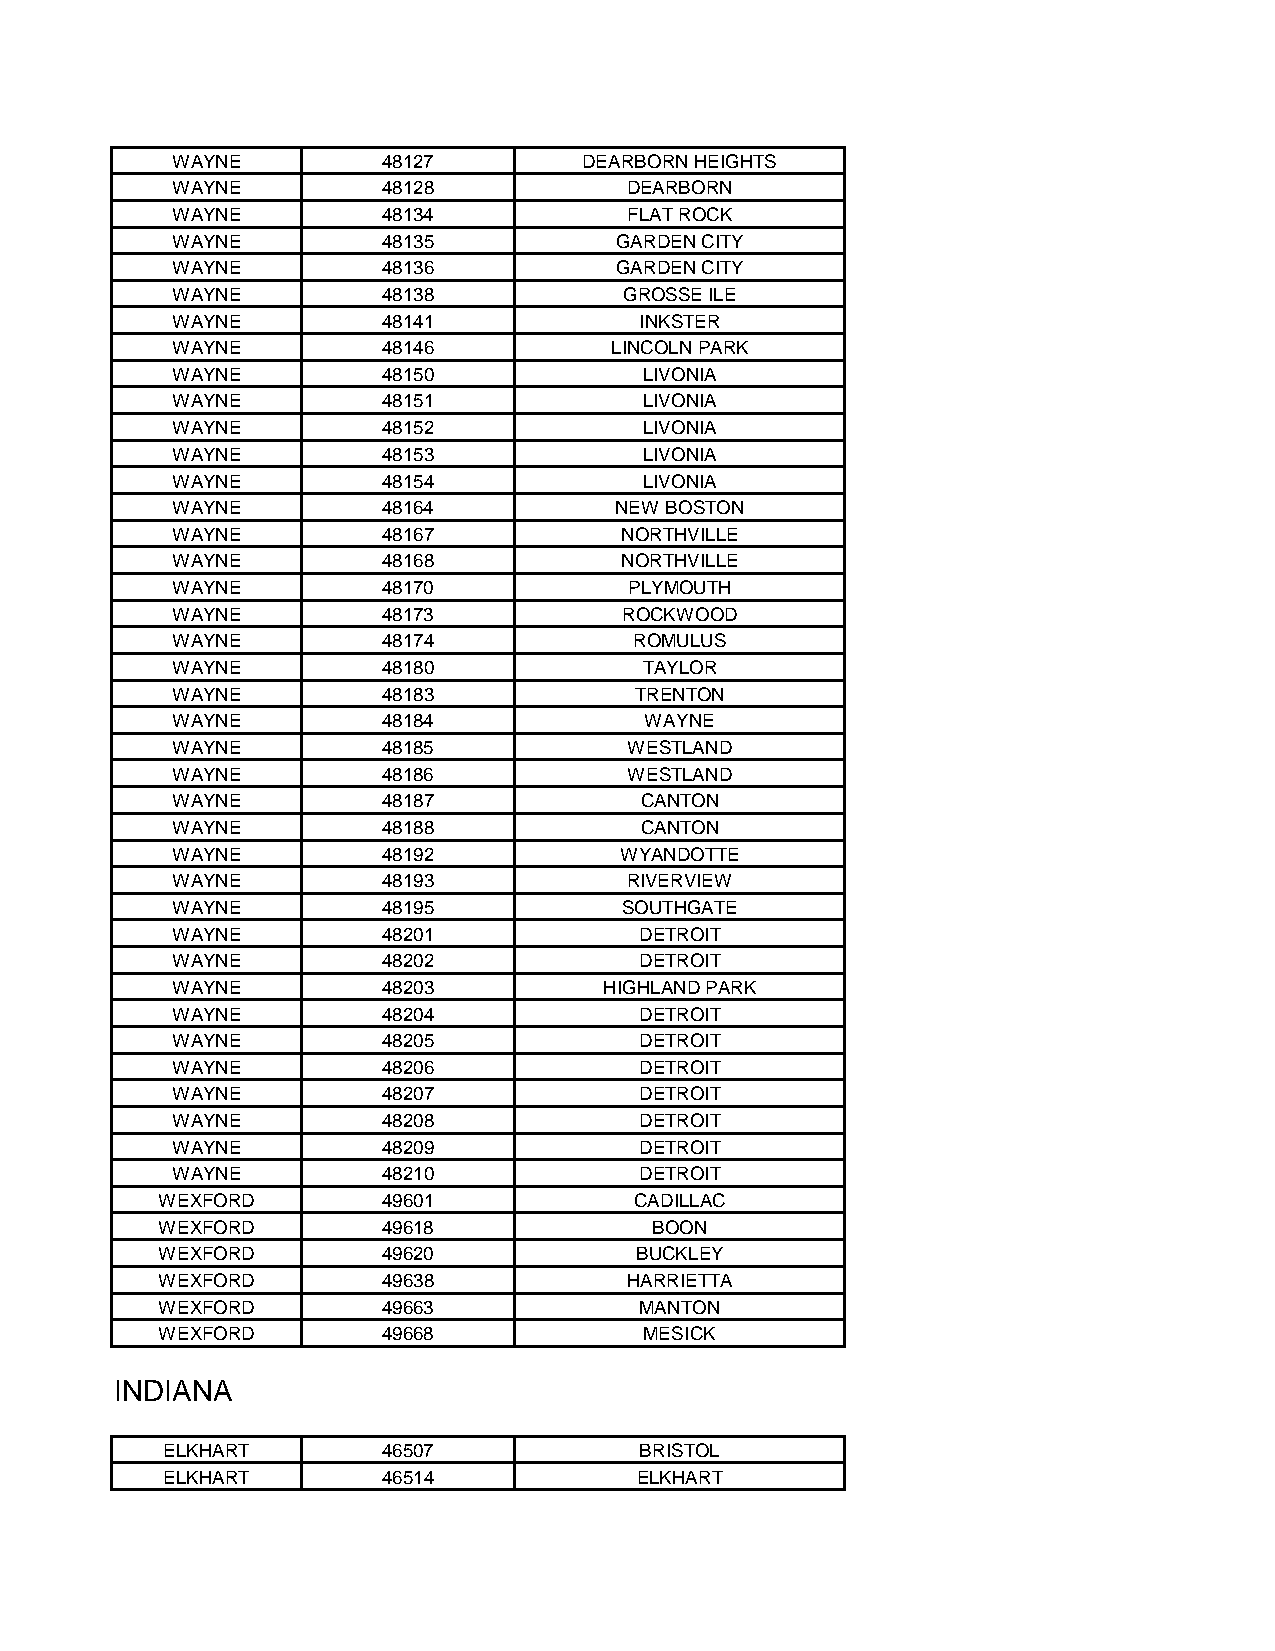
WAYNE         48127         DEARBORN HEIGHTS
 WAYNE         48128            DEARBORN
 WAYNE         48134            FLAT ROCK
 WAYNE         48135           GARDEN CITY
 WAYNE         48136           GARDEN CITY
 WAYNE         48138           GROSSE ILE
 WAYNE         48141            INKSTER
 WAYNE         48146          LINCOLN PARK
 WAYNE         48150             LIVONIA
 WAYNE         48151             LIVONIA
 WAYNE         48152             LIVONIA
 WAYNE         48153             LIVONIA
 WAYNE         48154             LIVONIA
 WAYNE         48164           NEW BOSTON
 WAYNE         48167           NORTHVILLE
 WAYNE         48168           NORTHVILLE
 WAYNE         48170            PLYMOUTH
 WAYNE         48173           ROCKWOOD
 WAYNE         48174            ROMULUS
 WAYNE         48180             TAYLOR
 WAYNE         48183            TRENTON
 WAYNE         48184             WAYNE
 WAYNE         48185            WESTLAND
 WAYNE         48186            WESTLAND
 WAYNE         48187            CANTON
 WAYNE         48188            CANTON
 WAYNE         48192           WYANDOTTE
 WAYNE         48193           RIVERVIEW
 WAYNE         48195           SOUTHGATE
 WAYNE         48201            DETROIT
 WAYNE         48202            DETROIT
 WAYNE         48203          HIGHLAND PARK
 WAYNE         48204            DETROIT
 WAYNE         48205            DETROIT
 WAYNE         48206            DETROIT
 WAYNE         48207            DETROIT
 WAYNE         48208            DETROIT
 WAYNE         48209            DETROIT
 WAYNE         48210            DETROIT
 WEXFORD        49601            CADILLAC
 WEXFORD        49618             BOON
 WEXFORD        49620            BUCKLEY
 WEXFORD        49638            HARRIETTA
 WEXFORD        49663            MANTON
 WEXFORD        49668             MESICK
 INDIANA
 ELKHART       46507            BRISTOL
 ELKHART       46514            ELKHART